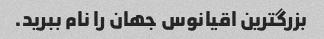
بزرگترین اقیانوس جهان را نام ببرید.